Report of an investigation of the epidemic of malarial fever in Assam, or, kala-azar
Disease focus: Malaria
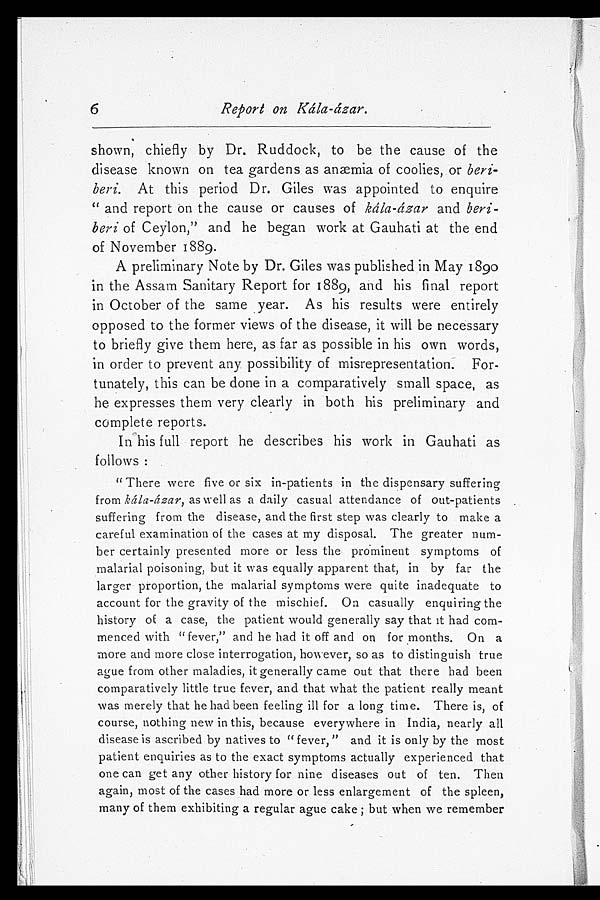
6
Report on Kála-ázar.
shown, chiefly by Dr. Ruddock, to be the cause of the
disease known on tea gardens as anæmia of coolies, or beri-
beri. At this period Dr. Giles was appointed to enquire
" and report on the cause or causes of kála-ázar and beri-
beri of Ceylon," and he began work at Gauhati at the end
of November 1889.
A preliminary Note by Dr. Giles was published in May 1890
in the Assam Sanitary Report for 1889, and his final report
in October of the same year. As his results were entirely
opposed to the former views of the disease, it will be necessary
to briefly give them here, as far as possible in his own words,
in order to prevent any possibility of misrepresentation. For-
tunately, this can be done in a comparatively small space, as
he expresses them very clearly in both his preliminary and
complete reports.
In his full report he describes his work in Gauhati as
follows :
" There were five or six in-patients in the dispensary suffering
from kála-ázar, as well as a daily casual attendance of out-patients
suffering from the disease, and the first step was clearly to make a
careful examination of the cases at my disposal. The greater num-
ber certainly presented more or less the prominent symptoms of
malarial poisoning, but it was equally apparent that, in by far the
larger proportion, the malarial symptoms were quite inadequate to
account for the gravity of the mischief. On casually enquiring the
history of a case, the patient would generally say that it had com-
menced with "fever," and he had it off and on for months. On a
more and more close interrogation, however, so as to distinguish true
ague from other maladies, it generally came out that there had been
comparatively little true fever, and that what the patient really meant
was merely that he had been feeling ill for a long time. There is, of
course, nothing new in this, because everywhere in India, nearly all
disease is ascribed by natives to " fever, " and it is only by the most
patient enquiries as to the exact symptoms actually experienced that
one can get any other history for nine diseases out of ten. Then
again, most of the cases had more or less enlargement of the spleen,
many of them exhibiting a regular ague cake ; but when we remember